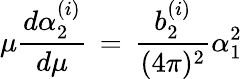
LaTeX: \mu{\frac{d\alpha_{2}^{(i)}}{d\mu}}\, =\, {\frac{b_{2}^{(i)}}{(4\pi)^{2}}}\alpha_{1}^{2}